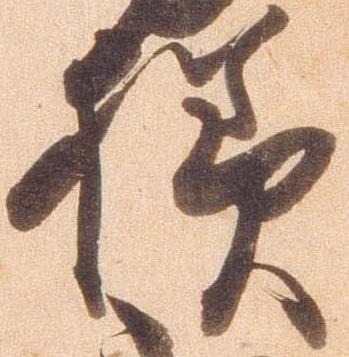
様